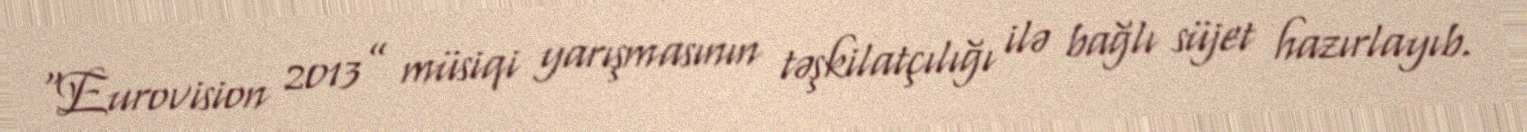
“Eurovision 2013” müsiqi yarışmasının təşkilatçılığı ilə bağlı süjet hazırlayıb.